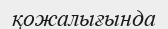
қожалығында